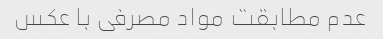
عدم مطابقت مواد مصرفی با عکس